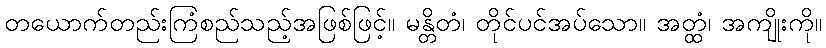
တယောက်တည်းကြံစည်သည့်အဖြစ်ဖြင့်။ မန္တိတံ၊ တိုင်ပင်အပ်သော။ အတ္ထံ၊ အကျိုးကို။